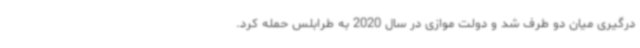
درگیری میان دو طرف شد و دولت موازی در سال 2020 به طرابلس حمله کرد.